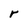
Character: r